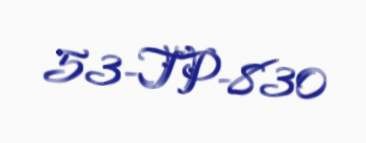
53-TP-830